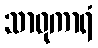
သာဓုကာရံ